Report on the working of the Ranchi Indian Mental Hospital, Kanke, in Bihar and Orissa - 1930-1940
Year: 1930
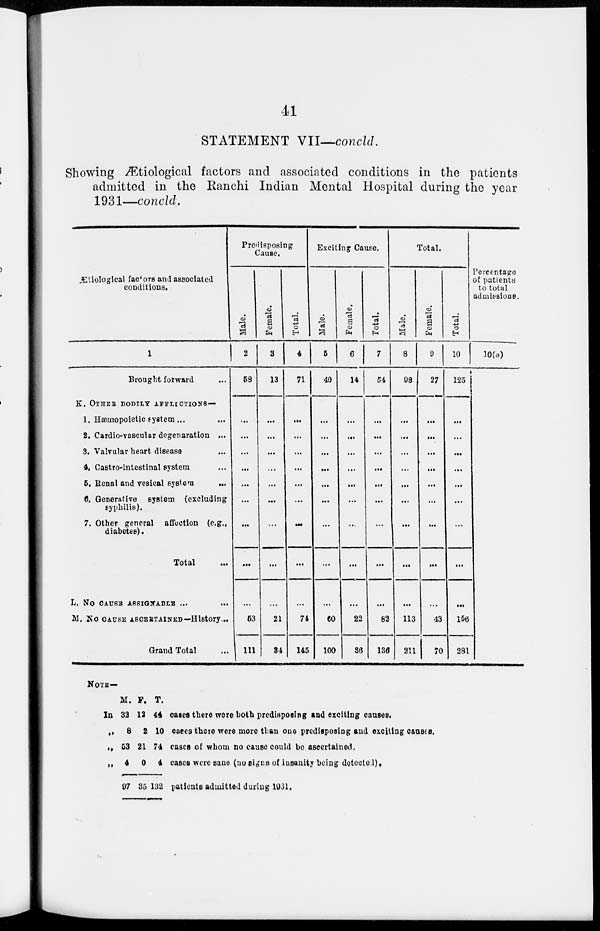
41
STATEMENT VII—concld.
Showing Ætiological factors and associated conditions in the patients
admitted in the Ranchi Indian Mental Hospital during the year
1931—concld.
Ætiological factors and associated
conditions.
1
Brought forward ...
K. OTHER BODILY AFFLICTIONS —
1. Hæmopoletic system... ...
2. Cardio-vascular degenaration ...
3. Valvular heart disease ...
4. Castro-intestinal system ...
5. Renal and vesical system ...
6. Generntive system (excluding
syphilis).
7. Other general affection (e.g.,
diabetes).
Total ...
L. NO CAUSE ASSIGNABLE ... ...
M. NO CAUSE ASCERTAINED—History...
Grand Total ...
Predisposing
Cause.
Male.
2
53
...
...
...
...
...
...
...
...
...
53
111
Female.
3
13
...
...
...
...
...
...
...
...
...
21
34
Total.
4
71
...
...
...
...
...
...
...
...
...
74
145
Exciting Cause.
Male.
5
40
...
...
...
...
...
...
...
...
...
60
100
Female.
6
14
...
...
...
...
...
...
...
...
...
22
36
Total.
7
54
...
...
...
...
...
...
...
...
...
82
136
Total.
Male.
8
98
...
...
...
...
...
...
...
...
...
113
211
Female.
9
27
...
...
...
...
...
...
...
...
...
43
70
Total.
10
125
...
...
...
...
...
...
...
...
156
281
Percentage
of patients
to total
admissions.
10(a)
NOTE —
M.
In 32
„
8
„ 53
„ 4
97
F.
12
2
21
0
35
T.
44
10
74
4
132
cases there were both predisposing and exciting causes.
cases there were more than one predisposing and exciting causes.
cases of whom no cause could be ascertained.
cases were sane (no signs of insanity being detected).
patients admitted during 1931.